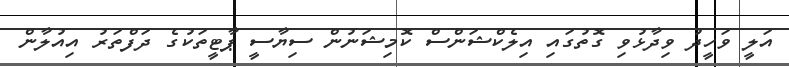
އަލީ ވަހީދު ވިދާޅުވި ގޮތުގައި އިލެކްޝަންސް ކޮމިޝަނުން ސިޔާސީ ޕާޓީތަކުގެ ދަފްތަރު އިއުލާން